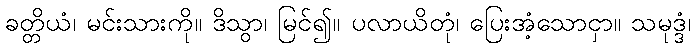
ခတ္တိယံ၊ မင်းသားကို။ ဒိသွာ၊ မြင်၍။ ပလာယိတုံ၊ ပြေးအံ့သောငှာ။ သမုဒ္ဒံ၊